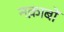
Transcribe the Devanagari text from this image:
नक़ाबों